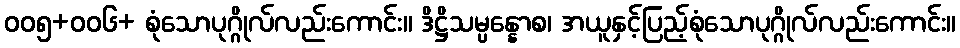
ဝဝ၅+ဝဝ၆+ စုံသောပုဂ္ဂိုလ်လည်းကောင်း။ ဒိဋ္ဌိသမ္ပန္နောစ၊ အယူနှင့်ပြည့်စုံသောပုဂ္ဂိုလ်လည်းကောင်း။